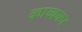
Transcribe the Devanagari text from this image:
काव्यका